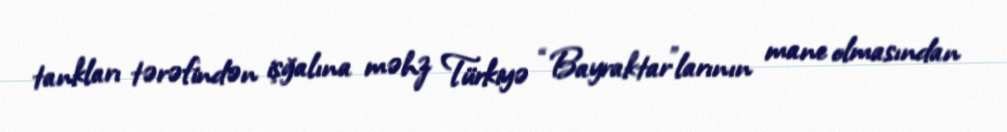
tankları tərəfindən işğalına məhz Türkiyə “Bayraktar”larının mane olmasından